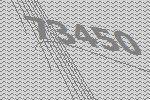
73450